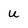
Character: u